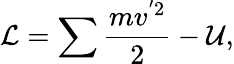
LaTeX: \mathcal{L}=\sum\frac{mv^{'2}}{2}-\mathcal{U},